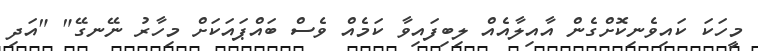
މީހަކަ ކައިވެނިކޮށްގެން އާއިލާއެއް ލިބިފައިވާ ކަމެއް ވެސް ބައްޕައަކަށް މިހާރު ނޭނގޭ" "އަދި